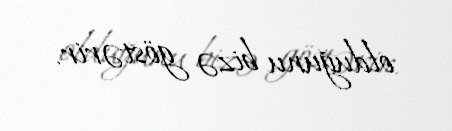
olduğunu bizə göstərir.